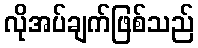
လိုအပ်ချက်ဖြစ်သည်